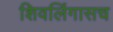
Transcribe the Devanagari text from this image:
शिवलिंगासच